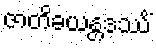
ဇာတိခယန္တဒဿိံ